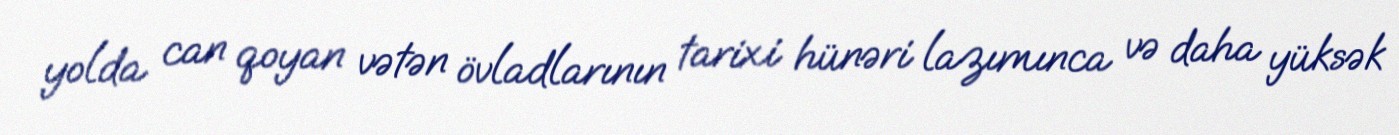
yolda can qoyan vətən övladlarının tarixi hünəri lazımınca və daha yüksək